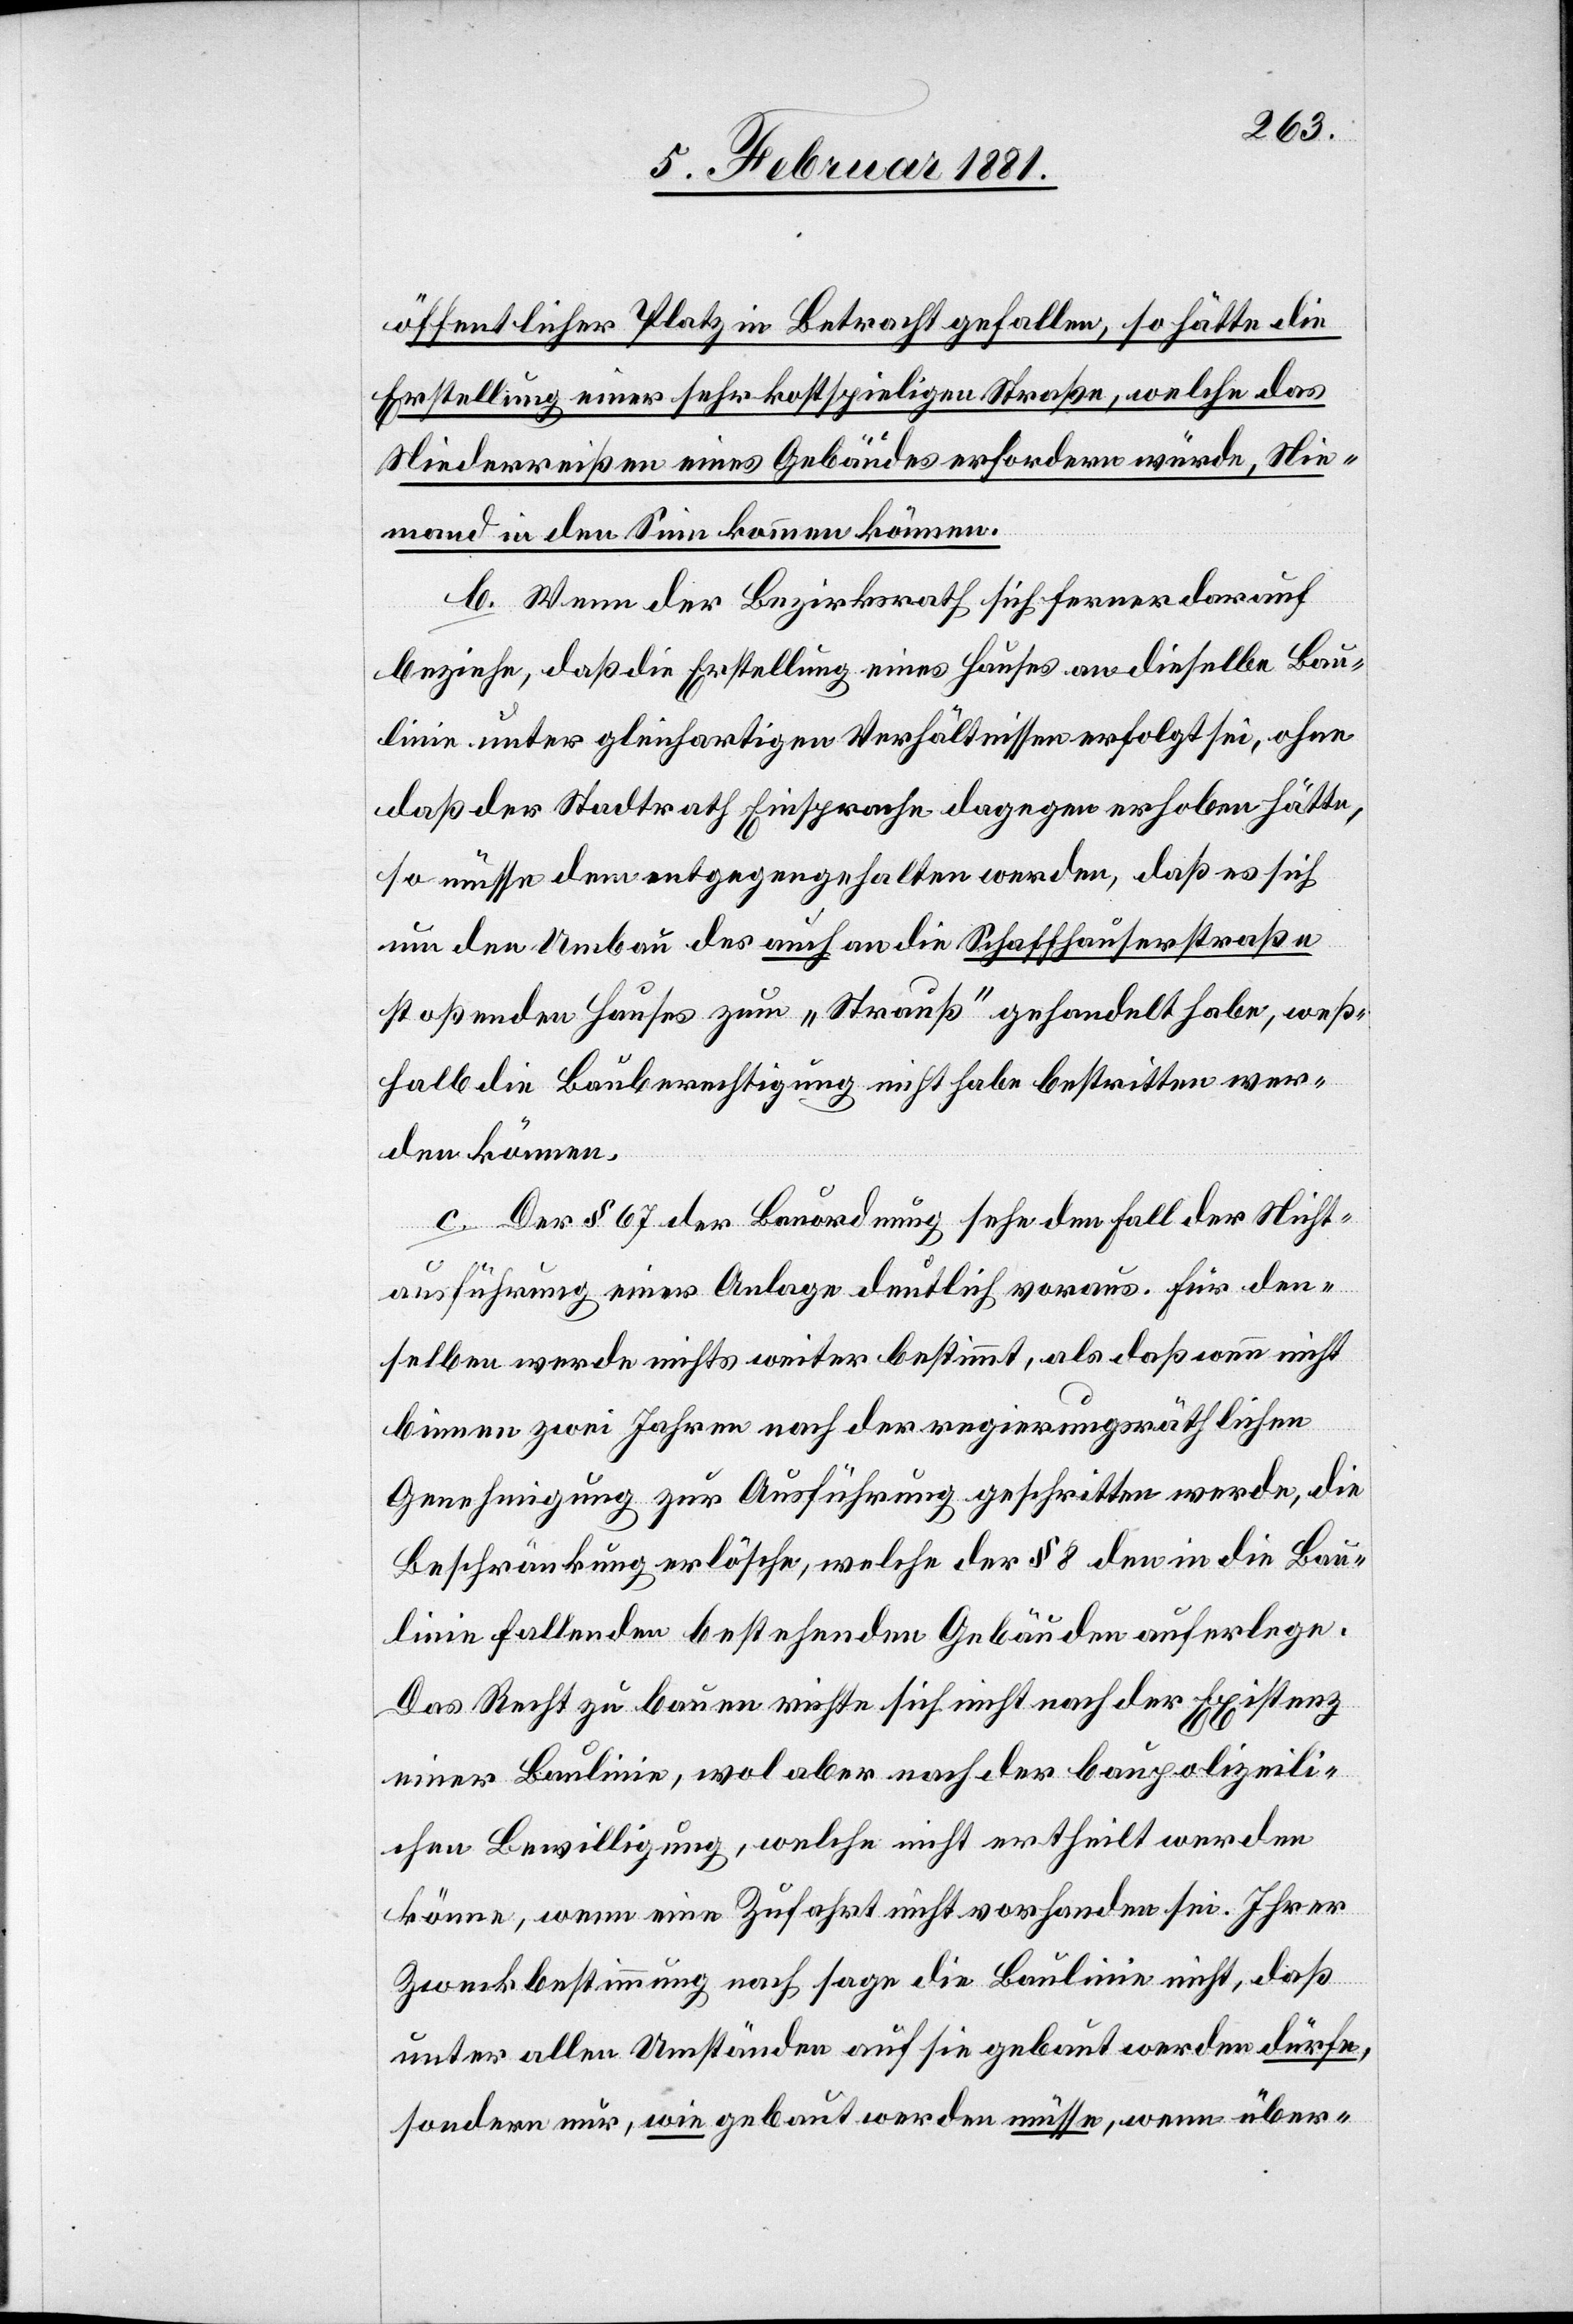
öffentlicher Platz in Betracht gefallen, so hätte die
Erstellung einer sehr kostspieligen Straße, welche das
Niederreißen eines Gebäudes erfordern würde, Nie¬
mand in den Sinn kommen können.
b. Wenn der Bezirksrath sich ferner darauf
beziehe, daß die Erstellung eines Hauses an dieselbe Bau¬
linie unter gleichartigen Verhältnissen erfolgt sei, ohne
daß der Stadtrath Einsprache dagegen erhoben hätte,
so müsse dem entgegengehalten werden, daß es sich
um den Umbau des auch an die Schaffhauserstraße
stoßenden Hauses zum „Strauß“ gehandelt habe, weß¬
halb die Bauberechtigung nicht habe bestritten wer¬
den können.
c. Der § 67 der Bauordnung sehe den Fall der Nicht¬
ausführung einer Anlage deutlich voraus. Für den¬
selben werde nichts weiter bestimmt, als daß wenn nicht
binnen zwei Jahren nach der regierungsräthlichen
Genehmigung zur Ausführung geschritten werde, die
Beschränkung erlösche, welche der § 8 den in die Bau¬
linie fallenden bestehenden Gebäuden auferlege.
Das Recht zu bauen richte sich nicht nach der Existenz
einer Baulinie, wol aber nach der baupolizeili¬
chen Bewilligung, welche nicht ertheilt werden
könne, wenn eine Zufahrt nicht vorhanden sei. Ihrer
Zweckbestimmung nach sage die Baulinie nicht, daß
unter allen Umständen auf sie gebaut werden dürfe,
sondern nur, wie gebaut werden müsse, wenn über-